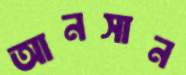
আনসান